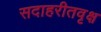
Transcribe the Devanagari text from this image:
सदाहरीतवृक्ष